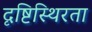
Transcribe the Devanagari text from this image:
दृष्टिस्थिरता